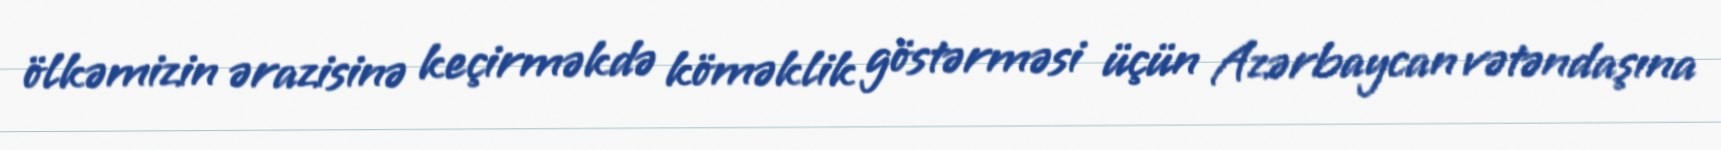
ölkəmizin ərazisinə keçirməkdə köməklik göstərməsi üçün Azərbaycan vətəndaşına